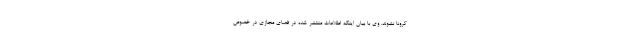
کرونا نشوند. وی با بیان اینکه اطلاعات منتشر شده در فضای مجازی در خصوص